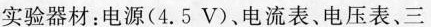
实验器材：电源(4.5V)、电流表、电压表、三